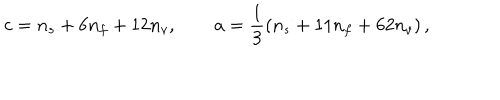
c = n _ { s } + 6 n _ { f } + 1 2 n _ { v } , \qquad a = \frac { 1 } { 3 } \left( n _ { s } + 1 1 n _ { f } + 6 2 n _ { v } \right) ,